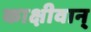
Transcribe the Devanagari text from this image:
काक्षीवान्